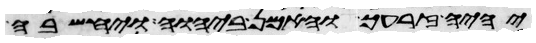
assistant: יהיה זרעך והאמן ביהוה ויחשבה